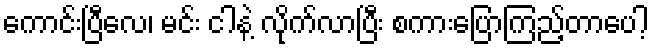
ကောင်းပြီလေ၊ မင်း ငါနဲ့ လိုက်လာပြီး စကားပြောကြည့်တာပေါ့